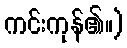
ကင်းကုန်၏။)